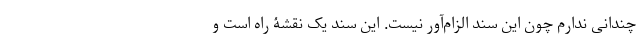
چندانی ندارم چون این سند الزام‌آور نیست. این سند یک نقشۀ راه است و